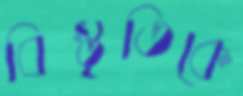
বিস্তৃতিকে